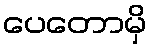
ပေတောမှိ